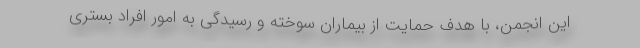
این انجمن، با هدف حمایت از بیماران سوخته و رسیدگی به امور افراد بستری